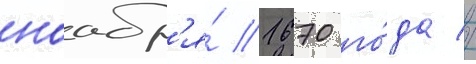
ноабр'я́ 1670 го́да //